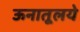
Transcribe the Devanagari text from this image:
ऊनातूलये